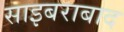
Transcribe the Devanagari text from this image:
साइबराबाद